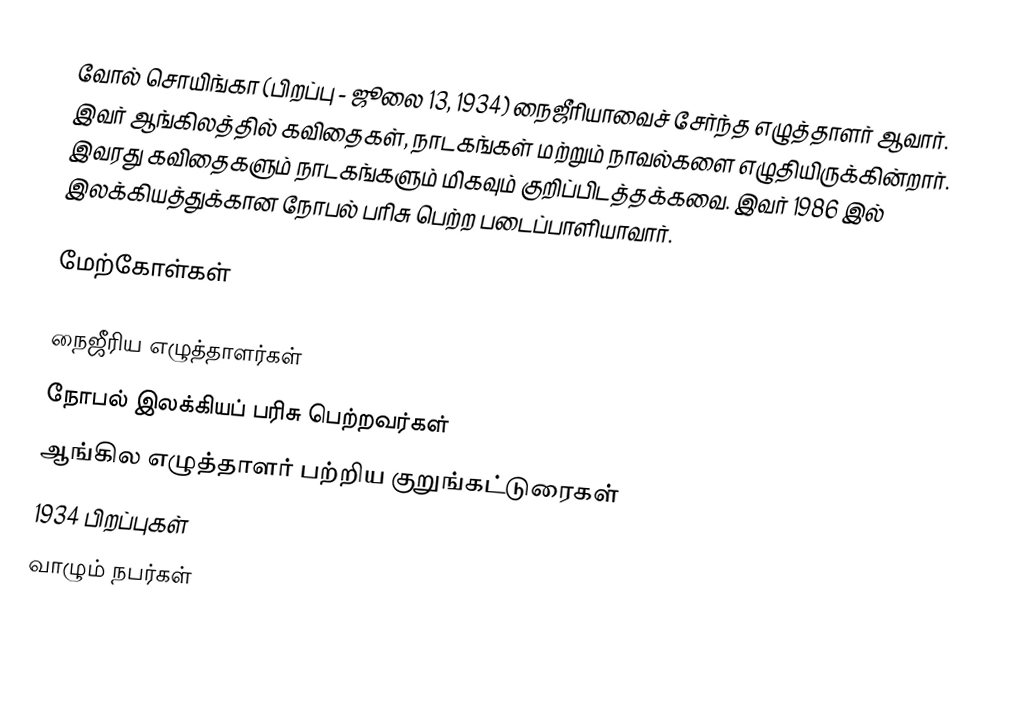
வோல் சொயிங்கா (பிறப்பு - ஜூலை 13, 1934) நைஜீரியாவைச் சேர்ந்த எழுத்தாளர் ஆவார். இவர் ஆங்கிலத்தில் கவிதைகள், நாடகங்கள் மற்றும் நாவல்களை எழுதியிருக்கின்றார். இவரது கவிதைகளும் நாடகங்களும் மிகவும் குறிப்பிடத்தக்கவை. இவர் 1986 இல் இலக்கியத்துக்கான நோபல் பரிசு பெற்ற படைப்பாளியாவார்.

மேற்கோள்கள்

நைஜீரிய எழுத்தாளர்கள்
நோபல் இலக்கியப் பரிசு பெற்றவர்கள்
ஆங்கில எழுத்தாளர் பற்றிய குறுங்கட்டுரைகள்
1934 பிறப்புகள்
வாழும் நபர்கள்